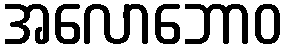
အလောဘောဝ